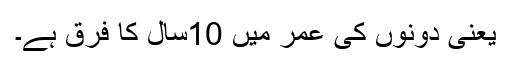
یعنی دونوں کی عمر میں 10سال کا فرق ہے۔